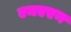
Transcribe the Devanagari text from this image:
एमएएन